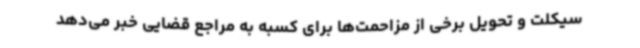
سیکلت و تحویل برخی از مزاحمت‌ها برای کسبه به مراجع قضایی خبر می‌دهد